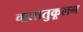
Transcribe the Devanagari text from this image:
वातातुकूलन